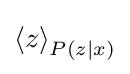
\left\langle z\right\rangle _{P(z\mid x)}